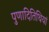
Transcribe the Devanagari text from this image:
पुणादितिथियां